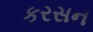
કરસન